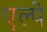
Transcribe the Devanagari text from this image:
एल्पे